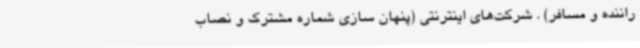
راننده و مسافر) . شرکت‌های اینترنتی (پنهان سازی شماره مشترک و نصاب